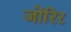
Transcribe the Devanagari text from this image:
जोरिर